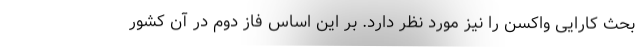
بحث کارایی واکسن را نیز مورد نظر دارد. بر این اساس فاز دوم در آن کشور